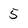
Character: 5